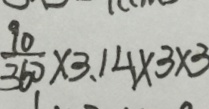
\frac { 9 0 } { 3 6 0 } \times 3 . 1 4 \times 3 \times 3